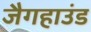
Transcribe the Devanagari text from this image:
जैगहाउंड